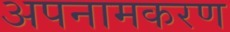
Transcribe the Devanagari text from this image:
अपनामकरण